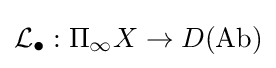
{\mathcal {L}}_{\bullet }:\Pi _{\infty }X\to D({\text{Ab}})